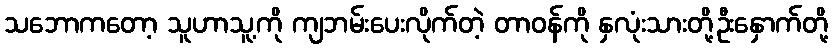
သဘောကတော့ သူဟာသူ့ကို ကျဘမ်းပေးလိုက်တဲ့ တာဝန်ကို နှလုံးသားတို့ဦးနှောက်တို့